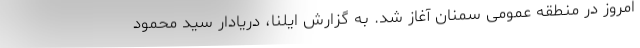
امروز در منطقه عمومی سمنان آغاز شد. به گزارش ایلنا، دریادار سید محمود